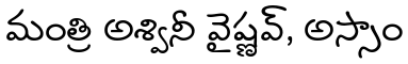
మంత్రి అశ్వినీ వైష్ణవ్, అస్సాం